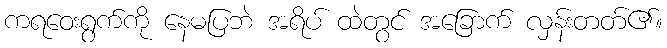
ကရဝေးရွက်ကို နေမပြဘဲ အရိပ် ထဲတွင် အခြောက် လှန်းတတ်၏။